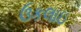
ઉકલાઇ